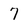
Character: 7